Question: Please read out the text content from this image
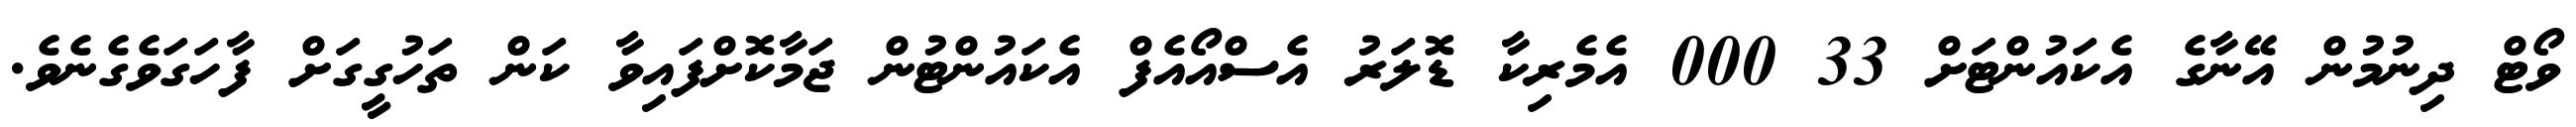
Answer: ވޯޓް ދިނުމުން އޭނާގެ އެކައުންޓަށް 33 000 އެމެރިކާ ޑޮލަރު އެސްއޯއެފް އެކައުންޓުން ޖަމާކޮށްފައިވާ ކަން ތަހުގީގަށް ފާހަގަވެގެނެވެ.